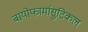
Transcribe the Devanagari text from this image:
बायोफार्मासुटिकल